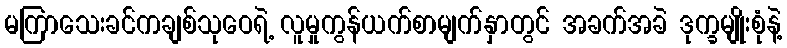
မကြာသေးခင်ကချစ်သုဝေရဲ့ လူမှုကွန်ယက်စာမျက်နှာတွင် အခက်အခဲ ဒုက္ခမျိုးစုံနဲ့